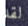
لقد